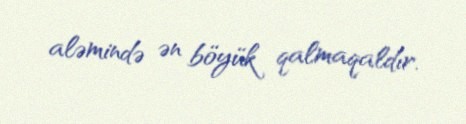
aləmində ən böyük qalmaqaldır.